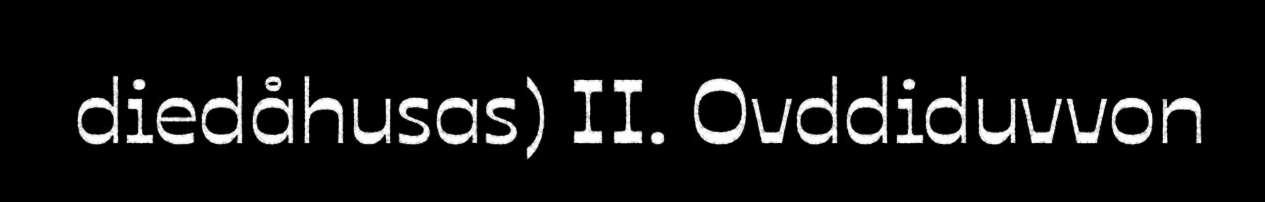
diedåhusas) II. Ovddiduvvon